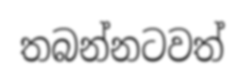
තබන්නටවත්